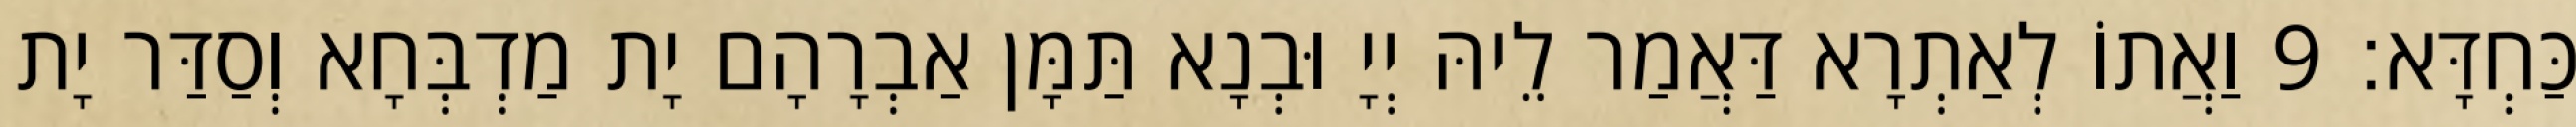
כַּחְדָּא׃ 9 וַאֲתוֹ לְאַתְרָא דַּאֲמַר לֵיהּ יְיָ וּבְנָא תַּמָּן אַבְרָהָם יָת מַדְבְּחָא וְסַדַּר יָת